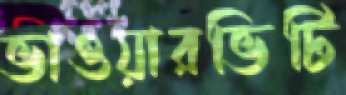
ভাওয়ারভিটি